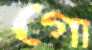
গৌ